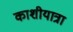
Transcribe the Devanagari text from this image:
काशीयात्रा